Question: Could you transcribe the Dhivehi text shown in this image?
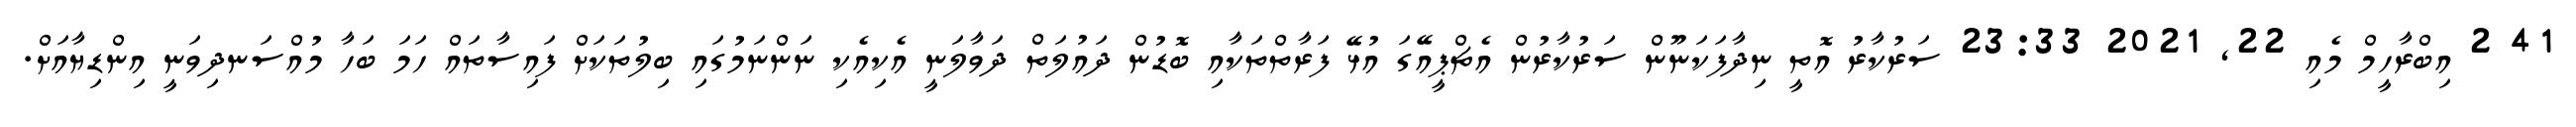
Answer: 41 2 އިބްރާހީމް މެއި 22, 2021 23:33 ސަރުކާރު އޮތީ ނިދާފަކަނޫން ސަރުކާރުން އެޗްޕީއޭގަ އުޅޭ ފަރާތްތަކާއި ބޮޑުން ދައުލަތް ދަވާލަނީ އެކިއެކި ނަންނަމުގައި ބިލުތަކަށް ފައިސާތައް ހަމަ ބަހާ މުއްސަނދިވަނީ އިންޑިޔާއަށް.